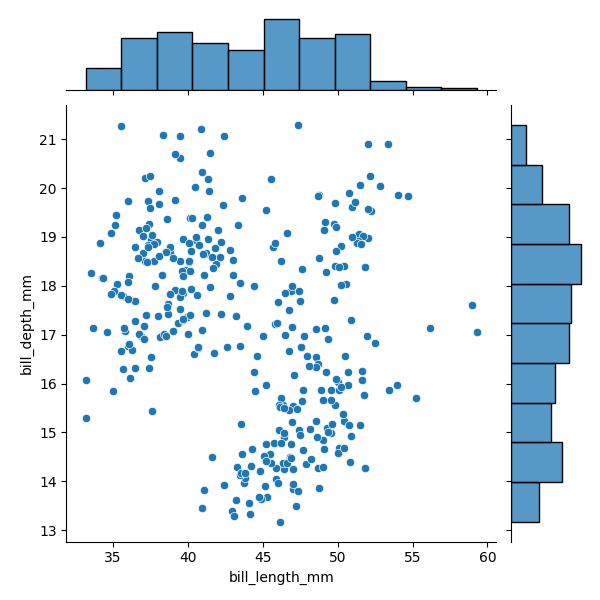
python, seaborn, JointGrid, scatterplot, histplot